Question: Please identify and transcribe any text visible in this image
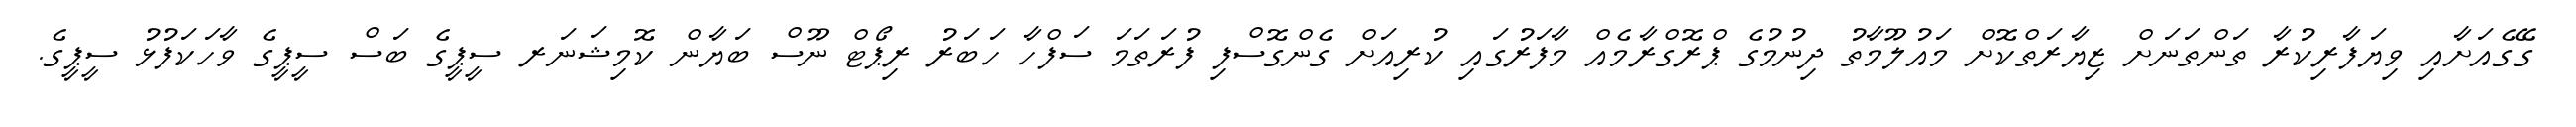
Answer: ގޭގެއަށާއި ވިޔަފާރިކުރާ ތަންތަނަށް ޒިޔާރަތްކޮށް މައުލޫމާތު ދިނުމުގެ ޕްރޮގްރާމެއް މާފަރުގައި ކުރިއަށް ގެންގޮސްފި ފުރަތަމަ ސަފްހާ ހަބަރު ރިޕޯޓް ނޫސް ބަޔާން ކޮމިޝަނަރ ސީޕީގެ ބަސް ސީޕީގެ ވާހަކަފުޅު ސީޕީގެ.